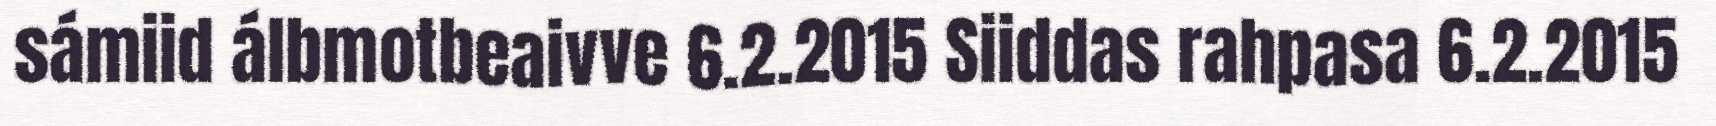
sámiid álbmotbeaivve 6.2.2015 Siiddas rahpasa 6.2.2015